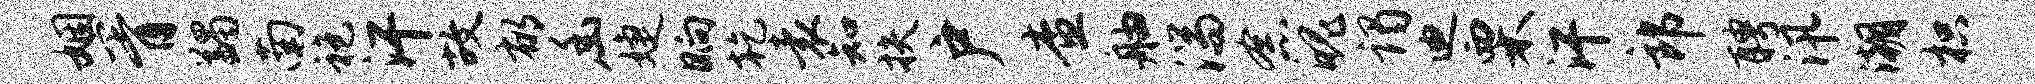
姻胥蠲南袍汗故郁幽婕晌乾袁知扶户查舳湍念魄谒迪栗汗郎聘汛潮枳